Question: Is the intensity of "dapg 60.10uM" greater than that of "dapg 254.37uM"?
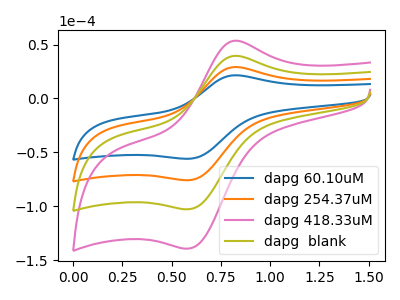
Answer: <think>The blue curve "dapg 60.10uM" has an anodic peak at (0.80V, 21.55uA) and a cathodic peak at (0.60V, -55.85uA). The orange curve "dapg 254.37uM" has an anodic peak at (0.80V, 29.20uA) and a cathodic peak at (0.60V, -75.70uA). The pink curve "dapg 418.33uM" has an anodic peak at (0.80V, 87.55uA) and a cathodic peak at (0.60V, -227.15uA). The olive curve "dapg  blank" has an anodic peak at (0.80V, 58.35uA) and a cathodic peak at (0.60V, -151.45uA).
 All the peaks in "dapg 60.10uM" have a peak in "dapg 254.37uM" at the same potential. Every peak in "dapg 60.10uM" is lower than every peak in "dapg 254.37uM".</think>
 <answer>"dapg 60.10uM" has less signal than "dapg 254.37uM".</answer>
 <eval>less_signal</eval>